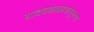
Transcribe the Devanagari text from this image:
यादवकाळापासूनच्या